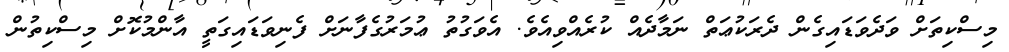
މިސްކިތަށް ވަދެވަޑައިގެން ދެރަކުޢަތް ނަމާދެއް ކުރެއްވިއެވެ. އެވަގުތު ޢުމަރުގެފާނަށް ފެނިވަޑައިގަތީ އާންމުކޮށް މިސްކިތުން